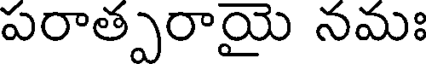
పరాత్పరాయై నమః